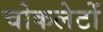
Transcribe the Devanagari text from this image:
चोकलेटों